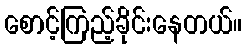
စောင့်ကြည့်ခိုင်းနေတယ်။